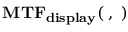
\mathbf { M T F _ { d i s p l a y } ( \xi , \eta ) }